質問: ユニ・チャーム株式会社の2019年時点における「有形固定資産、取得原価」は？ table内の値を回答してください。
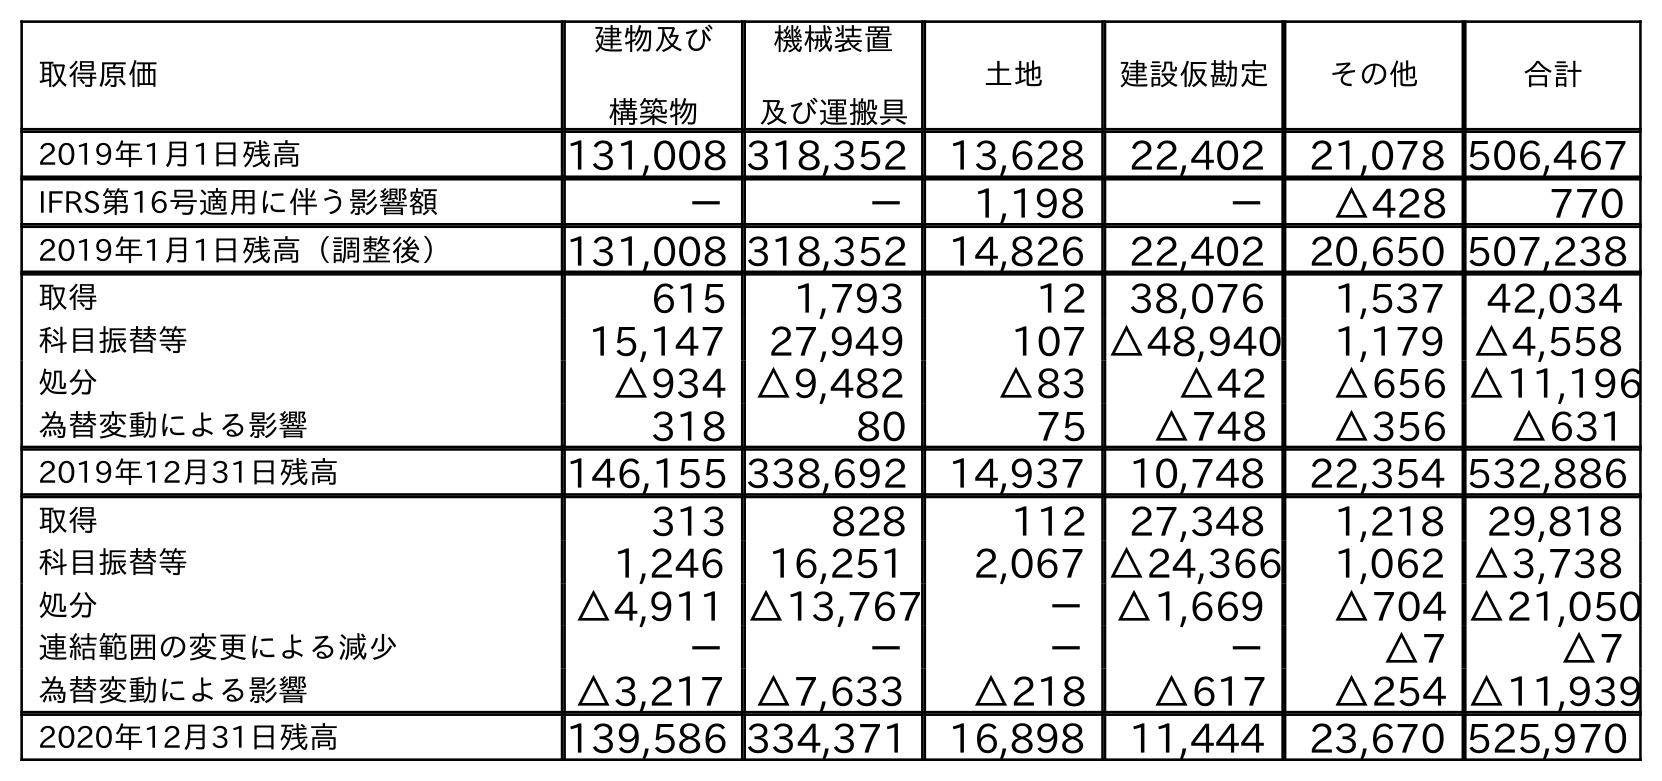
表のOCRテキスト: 取得原価 建物及び 構築物 機械装置 及び運搬具 土地 建設仮勘定 その他 合計 2019年1月1日残高 131,008 318,352 13,628 22,402 21,078 506,467 IFRS第16号適用に伴う影響額 － － 1,198 － △428 770 2019年1月1日残高（調整後） 131,008 318,352 14,826 22,402 20,650 507,238 取得 615 1,793 12 38,076 1,537 42,034 科目振替等 15,147 27,949 107 △48,940 1,179 △4,558 処分 △934 △9,482 △83 △42 △656 △11,196 為替変動による影響 318 80 75 △748 △356 △631 2019年12月31日残高 146,155 338,692 14,937 10,748 22,354 532,886 取得 313 828 112 27,348 1,218 29,818 科目振替等 1,246 16,251 2,067 △24,366 1,062 △3,738 処分 △4,911 △13,767 －△1,669 △704 △21,050 連結範囲の変更による減少 － － － － △7 △7 為替変動による影響 △3,217 △7,633 △218 △617 △254 △11,939 2020年12月31日残高 139,586 334,371 16,898 11,444 23,670 525,970
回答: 532,886